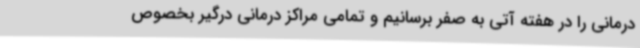
درمانی را در هفته آتی به صفر برسانیم و تمامی مراکز درمانی درگیر بخصوص